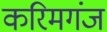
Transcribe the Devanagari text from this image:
करिमगंज